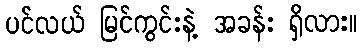
ပင်လယ် မြင်ကွင်းနဲ့ အခန်း ရှိလား။